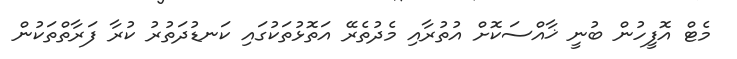
މެޓް އޮފީހުން ބުނީ ޚާއްސަކޮށް އުތުރާއި މެދުތެރޭ އަތޮޅުތަކުގައި ކަނޑުދަތުރު ކުރާ ފަރާތްތަކުން